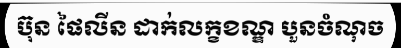
ប៊ុន ផៃលីន ដាក់លក្ខខណ្ឌ បួនចំណុច